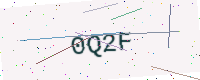
Text: 0Q2F